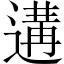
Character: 遘